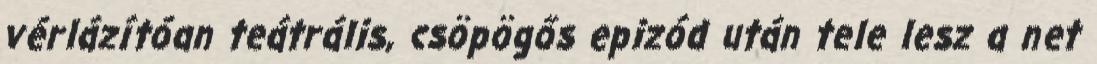
vérlázítóan teátrális, csöpögős epizód után tele lesz a net